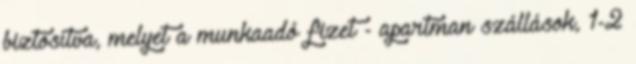
biztosítva, melyet a munkaadó fizet - apartman szállások, 1-2